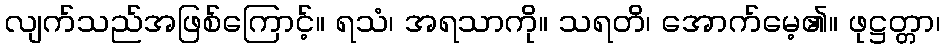
လျက်သည်အဖြစ်ကြောင့်။ ရသံ၊ အရသာကို။ သရတိ၊ အောက်မေ့၏။ ဖုဋ္ဌတ္တာ၊